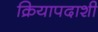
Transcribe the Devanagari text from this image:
क्रियापदाशी